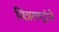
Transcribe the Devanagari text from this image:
मित्रराष्ट्रांचे